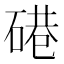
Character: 𱴘